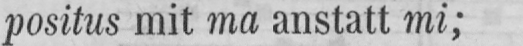
positus mit ma anstatt mi;